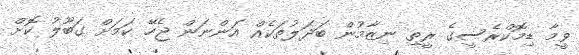
ވީމާ ޑިމޮކްރެސީގެ ރީތި ނިޒާމުން ބަދަލުތަކެއް އަންނަން ޖެހޭ ކަމަށް ގަބޫލު ކޮށް